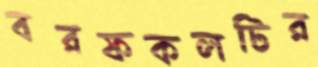
বরফকলটির